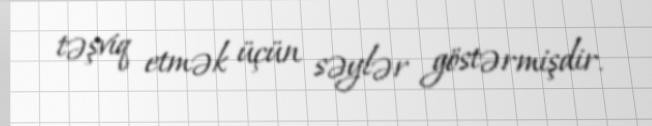
təşviq etmək üçün səylər göstərmişdir.